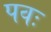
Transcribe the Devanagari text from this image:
पवः